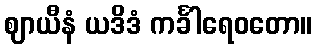
ဈာယီနံ ယဒိဒံ ကင်္ခါရေဝတော။